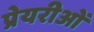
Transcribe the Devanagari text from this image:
प्रेयरीओं